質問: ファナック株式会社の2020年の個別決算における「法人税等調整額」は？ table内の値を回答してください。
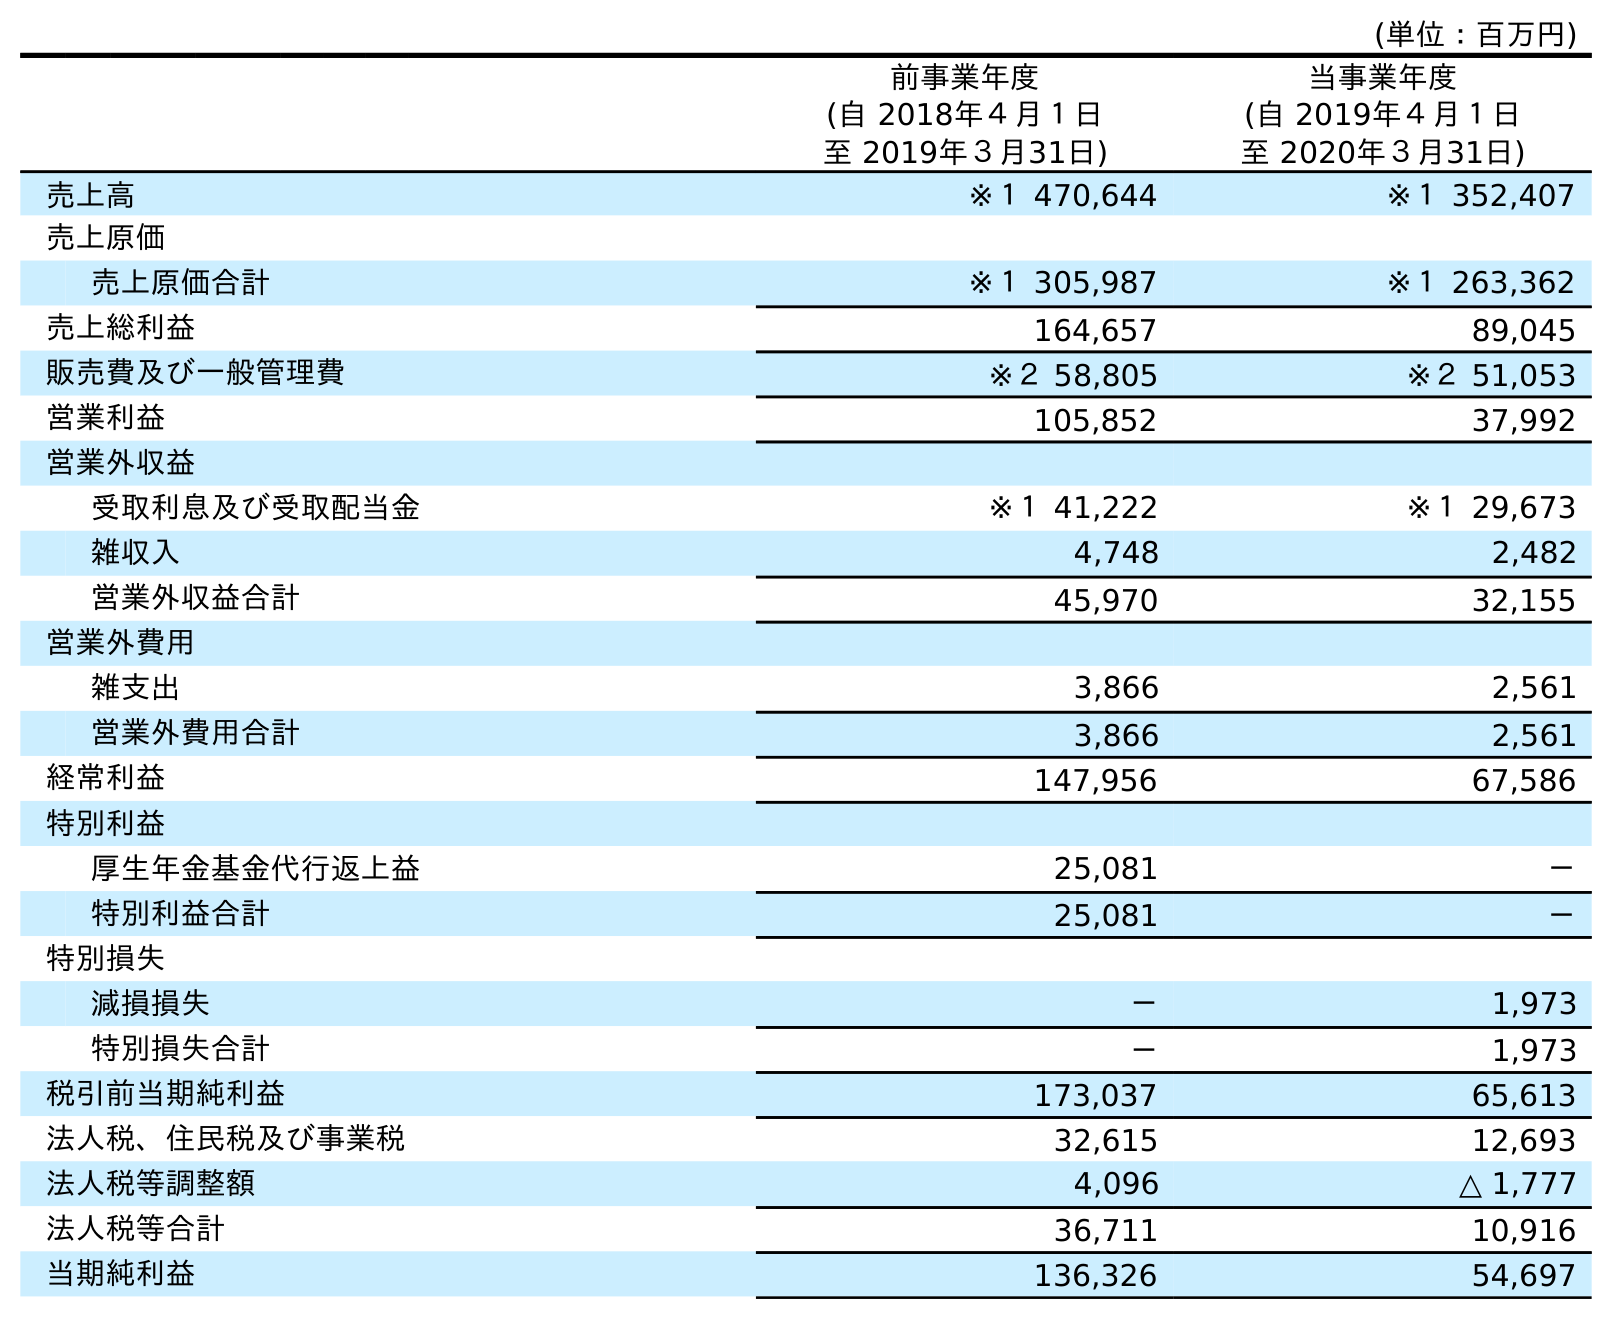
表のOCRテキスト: (単位：百万円) 前事業年度 (自 2018年４月１日 至 2019年３月31日) 当事業年度 (自 2019年４月１日 至 2020年３月31日) 売上高 ※１ 470,644 ※１ 352,407 売上原価 売上原価合計 ※１ 305,987 ※１ 263,362 売上総利益 164,657 89,045 販売費及び一般管理費 ※２ 58,805 ※２ 51,053 営業利益 105,852 37,992 営業外収益 受取利息及び受取配当金 ※１ 41,222 ※１ 29,673 雑収入 4,748 2,482 営業外収益合計 45,970 32,155 営業外費用 雑支出 3,866 2,561 営業外費用合計 3,866 2,561 経常利益 147,956 67,586 特別利益 厚生年金基金代行返上益 25,081 － 特別利益合計 25,081 － 特別損失 減損損失 － 1,973 特別損失合計 － 1,973 税引前当期純利益 173,037 65,613 法人税、住民税及び事業税 32,615 12,693 法人税等調整額 4,096 △ 1,777 法人税等合計 36,711 10,916 当期純利益 136,326 54,697
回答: △1,777